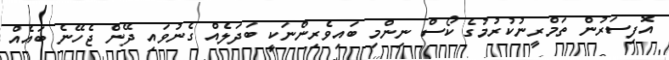
އޮފިސަރުން ތަމްރީނުކުރުމުގެ ކޯސް ނިންމި ބައިވެރިންނަކީ ބަދަލެއް ގެނުވައި ދޭން ޖެހޭނެ ބައެއް